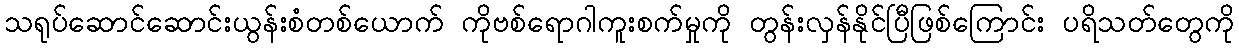
သရုပ်ဆောင်ဆောင်းယွန်းစံတစ်ယောက် ကိုဗစ်ရောဂါကူးစက်မှုကို တွန်းလှန်နိုင်ပြီဖြစ်ကြောင်း ပရိသတ်တွေကို